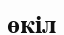
өкіл